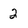
Character: 2